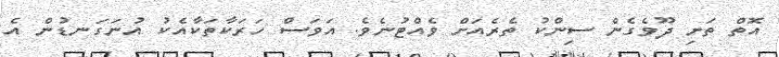
އޮތް ތަށި ދޫވެގެން ސިންކު ތެރެއަށް ވެއްޓުނެވެ. އަވަސް ހަރަކާތަކާއެކު އުނަގަނޑުން އެ